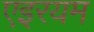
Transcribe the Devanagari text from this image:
एइरयम